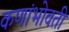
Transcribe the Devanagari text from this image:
कणांभोवती